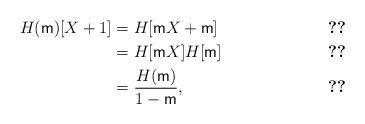
LaTeX: \begin{align*}H(\mathsf{m})[X+1] & =H[\mathsf{m}X+\mathsf{m}] && \ref{l-Hps}\\ & =H[\mathsf{m}X]H[\mathsf{m}] && \ref{l-Hps}\\ & =\frac{H(\mathsf{m})}{1-\mathsf{m}}, && \ref{l-HE}\end{align*}